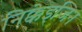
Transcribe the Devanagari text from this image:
निक्केइजिन